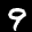
Label: 9